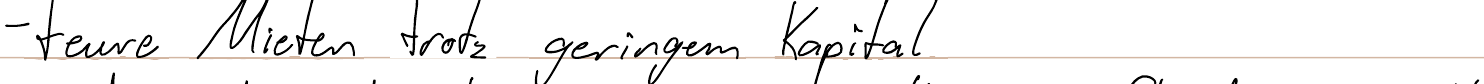
- teure Mieten trotz geringem Kapital